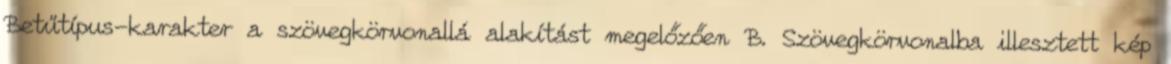
Betűtípus-karakter a szövegkörvonallá alakítást megelőzően B. Szövegkörvonalba illesztett kép